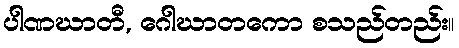
ပါဏဃာတီ, ဂေါဃာတကော စသည်တည်း။